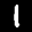
Label: 1